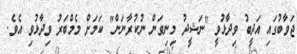
ޖަވާބުގައި އަދީބު ވިދާޅުވީ "ނަޝީދު މިނިވަން ނުކުރާނަން" ކަމަށް މެމްބަރު ވިދާޅުވި އެވެ.